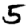
Digit: 5